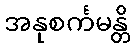
အနုစင်္ကမန္တိ